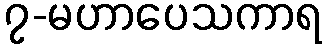
၇-မဟာပေသကာရ